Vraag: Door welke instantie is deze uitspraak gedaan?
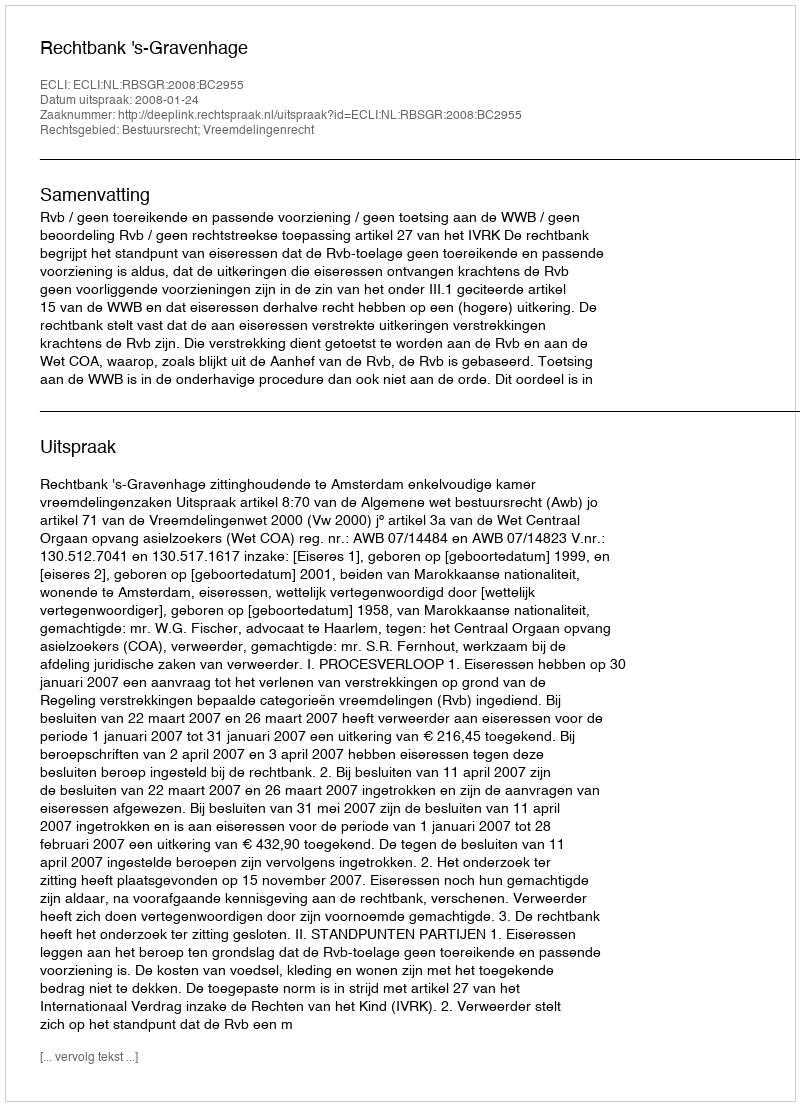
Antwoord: Rechtbank 's-Gravenhage